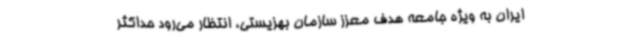
ایران به ویژه جامعه هدف معزز سازمان بهزیستی، انتظار می‌رود حداکثر